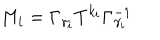
M _ { i } = \Gamma _ { \gamma _ { i } } T ^ { k _ { i } } \Gamma _ { \gamma _ { i } } ^ { - 1 }